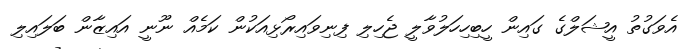
އެވަގުތު އީޝަލްގެ ގައިން ހީބިހިހަލުވާލީ ޖެހިލި ފިނިވައިރޯޅިއަކުން ކަމެއް ނޫނީ އައިޒާން ބަލައިލި